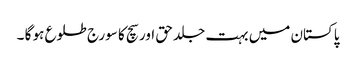
پاکستان میں بہت جلد حق اور سچ کا سورج طلوع ہو گا ۔